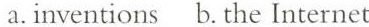
a. inventions b. The Internet